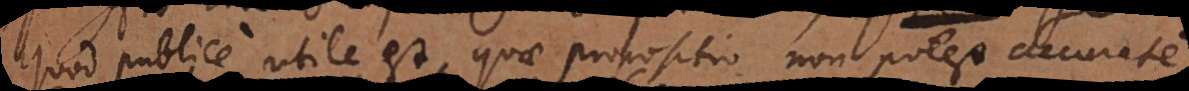
quod publice utile est, quae propositio non potest accurate